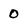
Character: 0